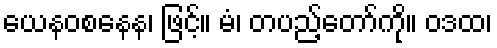
ယေနဝစနေန၊ ဖြင့်။ မံ၊ တပည့်တော်ကို။ ဝဒထ၊